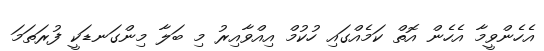
އެހެންވީމާ އެހެން އޮތް ކަމެއްގައި ހުކުމް އިއްވާއިރު މި ބަލާ މިންގަނޑަކީ ފުރަތަމަ